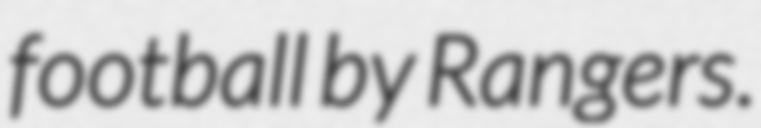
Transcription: football by Rangers.